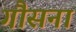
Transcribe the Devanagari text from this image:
गौसना